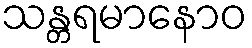
သန္တရမာနောဝ